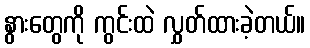
နွားတွေကို ကွင်းထဲ လွှတ်ထားခဲ့တယ်။